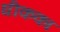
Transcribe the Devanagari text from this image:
घीकका